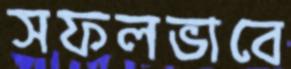
সফলভাবে